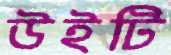
উইটি